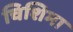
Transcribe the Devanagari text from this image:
चिशिमा